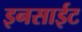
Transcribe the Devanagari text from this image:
इनसाईट